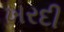
ખરદી